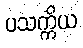
ပသက္ကိယ